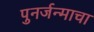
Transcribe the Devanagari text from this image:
पुनर्जन्माचा